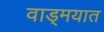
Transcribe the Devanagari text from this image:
वाड्मयात